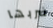
ضربها